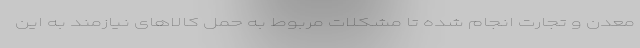
معدن و تجارت انجام شده تا مشکلات مربوط به حمل کالاهای نیازمند به این